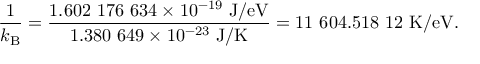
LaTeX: { \frac { 1 } { k _ { \mathrm { B } } } } = { \frac { 1 . 6 0 2 \ 1 7 6 \ 6 3 4 \times 1 0 ^ { - 1 9 } { \mathrm { ~ J / e V } } } { 1 . 3 8 0 \ 6 4 9 \times 1 0 ^ { - 2 3 } { \mathrm { ~ J / K } } } } = 1 1 \ 6 0 4 . 5 1 8 \ 1 2 { \mathrm { ~ K / e V } } .